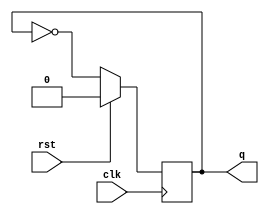
`timescale 1ns / 1ps
//////////////////////////////////////////////////////////////////////////////////
// Company: Self
// 
// Design Name: 
// Module Name: clk_dvd
// Project Name: 
// Target Devices: 
// Tool Versions: 
// Description: 
// 
// Dependencies: 
// 
// Revision:
// Revision 0.01 - File Created
// Additional Comments:
// 
//////////////////////////////////////////////////////////////////////////////////


module clk_dvd(clk, rst, q);
input clk, rst;
output reg q;

always@(posedge clk)
begin
if(rst)
q <= 0;
else 
q <= ~q;
end
endmodule